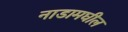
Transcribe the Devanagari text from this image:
नाडामघील